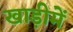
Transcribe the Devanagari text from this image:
खाड़ीमें